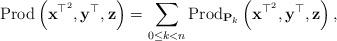
LaTeX: \begin{align*}\mbox{Prod}\left(\mathbf{x}^{\top^{2}},\mathbf{y}^{\top},\mathbf{z}\right)=\sum_{0\le k<n}\mbox{Prod}_{\mathbf{P}_{k}}\left(\mathbf{x}^{\top^{2}},\mathbf{y}^{\top},\mathbf{z}\right),\end{align*}